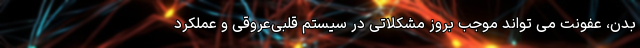
بدن، عفونت می تواند موجب بروز مشکلاتی در سیستم قلبی‌عروقی و عملکرد